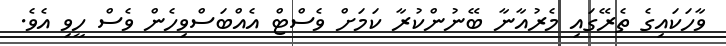
ވާހަކައިގެ ތެރޭގައި މެރުއާނާ ބޭނުންކުރާ ކަމަށް ވެސްޓް އެއްބަސްވިހެން ވެސް ހީވި އެވެ.